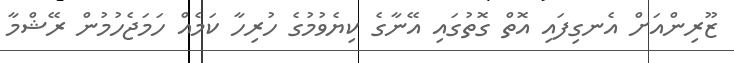
ޒޫރިންއަށް އެނގިފައި އޮތް ގޮތުގައި އޭނާގެ ކިޔެވުމުގެ ހުރިހާ ކަމެއް ހަމަޖެހުމުން ރޭޝްމާ